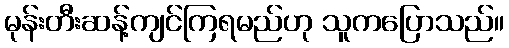
မုန်းတီးဆန့်ကျင်ကြရမည်ဟု သူကပြောသည်။